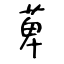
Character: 萆